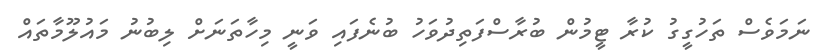
ނަމަވެސް ތަހުގީގު ކުރާ ޓީމުން ބުރާސްފަތިދުވަހު ބުނެފައި ވަނީ މިހާތަނަށް ލިބުނު މައުލޫމާތައް